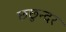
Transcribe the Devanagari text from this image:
छछुन्दर